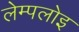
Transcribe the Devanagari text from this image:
लेम्पलोइ